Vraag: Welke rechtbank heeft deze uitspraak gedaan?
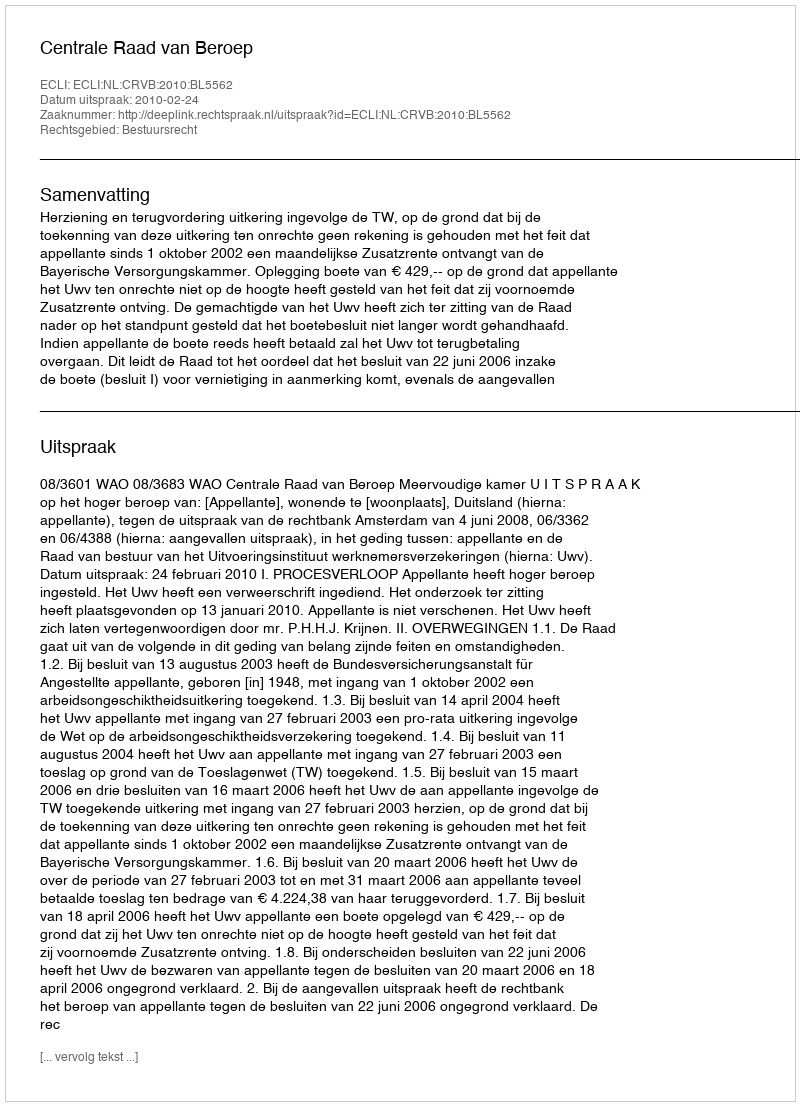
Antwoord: Centrale Raad van Beroep